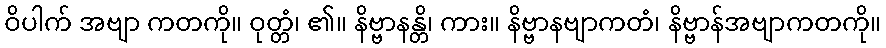
ဝိပါက် အဗျာ ကတကို။ ဝုတ္တံ၊ ၏။ နိဗ္ဗာနန္တိ၊ ကား။ နိဗ္ဗာနဗျာကတံ၊ နိဗ္ဗာန်အဗျာကတကို။